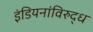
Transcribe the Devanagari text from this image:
इंडियनांविरुद्ध